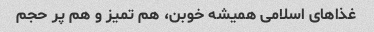
غذاهای اسلامی همیشه خوبن، هم تمیز و هم پر حجم